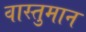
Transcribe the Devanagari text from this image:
वास्तुमान